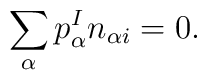
\sum_{\alpha }p_{\alpha }^{I}n_{\alpha i}=0.